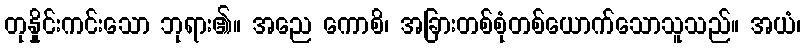
တုနှိုင်းကင်းသော ဘုရား၏။ အညေ ကောစိ၊ အခြားတစ်စုံတစ်ယောက်သောသူသည်။ အယံ၊